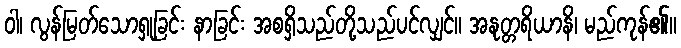
ဝါ၊ လွန်မြတ်သောရှုခြင်း နာခြင်း အစရှိသည်တို့သည်ပင်လျှင်။ အနုတ္တရိယာနိ၊ မည်ကုန်၏။